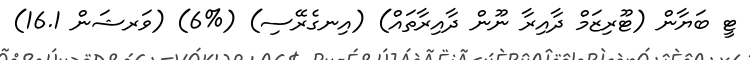
ޓީ ބަޔާން (ޓޫރިޒަމް ދާއިރާ ނޫން ދާއިރާތައް) (އިނގެރޭސި) (%6) (ވަރޝަން 16.1)